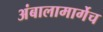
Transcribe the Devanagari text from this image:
अंबालामार्गेच